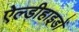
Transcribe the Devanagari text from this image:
ऐल्डीहाइडों